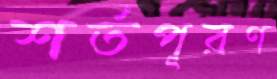
শর্তপূরণ